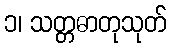
၁၊ သတ္တဓာတုသုတ်